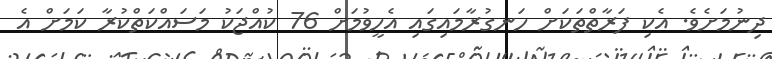
ދިނުމަށެވެ. އެކި ފަރާތްތަކަށް ހަނގުރާމައިގައި އެހީވުމަށް 76 ކުއްޖަކު މަސައްކަތްކުރާ ކަމަށް އެ